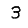
Digit: 3